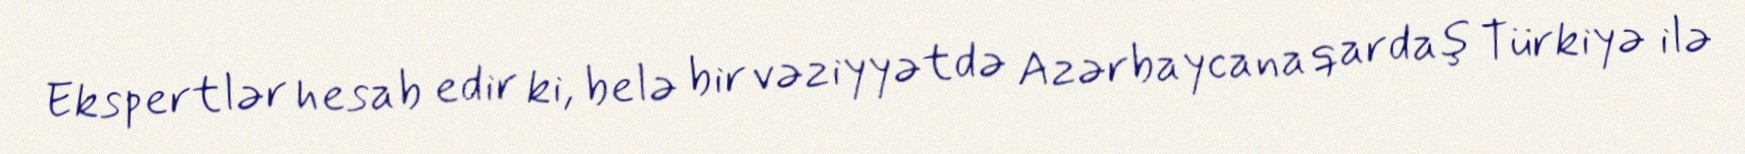
Ekspertlər hesab edir ki, belə bir vəziyyətdə Azərbaycana qardaş Türkiyə ilə